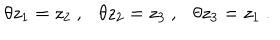
LaTeX: \theta z _ { 1 } = z _ { 2 } ~ , \theta z _ { 2 } = z _ { 3 } ~ , \theta z _ { 3 } = z _ { 1 } ~ .